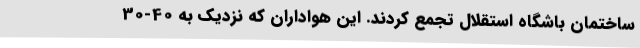
ساختمان باشگاه استقلال تجمع کردند. این هواداران که نزدیک به 40-30